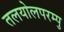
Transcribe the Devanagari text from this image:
तलयोलपरम्पु